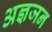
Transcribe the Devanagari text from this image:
अज्ञजन